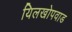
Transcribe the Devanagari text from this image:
यिलखोपवाड